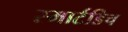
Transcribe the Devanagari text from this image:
स्मार्टडिच